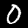
Label: 0